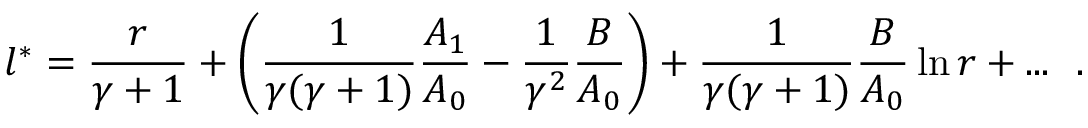
l ^ { * } = { \frac { r } { \gamma + 1 } } + \left( { \frac { 1 } { \gamma ( \gamma + 1 ) } } { \frac { A _ { 1 } } { A _ { 0 } } } - { \frac { 1 } { \gamma ^ { 2 } } } { \frac { B } { A _ { 0 } } } \right) + { \frac { 1 } { \gamma ( \gamma + 1 ) } } { \frac { B } { A _ { 0 } } } \ln r + . . . ~ ~ .